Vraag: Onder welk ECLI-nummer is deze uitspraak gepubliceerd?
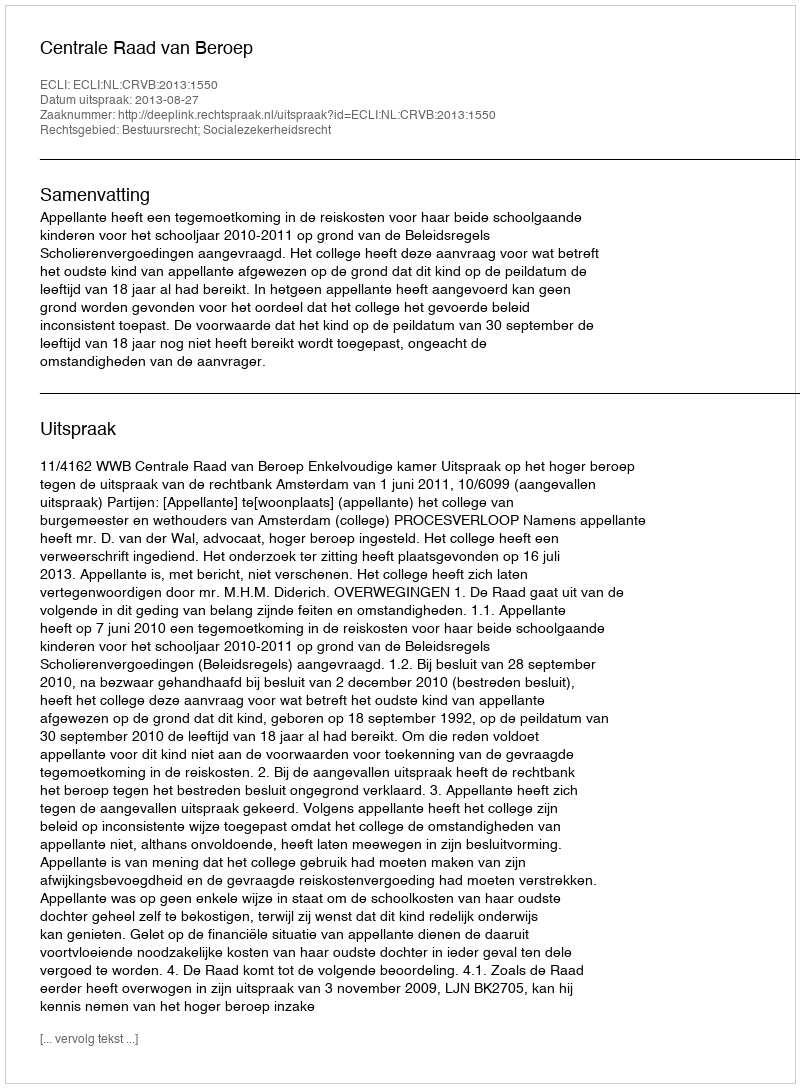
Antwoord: ECLI:NL:CRVB:2013:1550